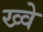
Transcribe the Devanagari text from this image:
ख्वे